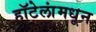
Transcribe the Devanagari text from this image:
हॉटेलांमधून